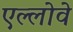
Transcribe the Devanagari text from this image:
एल्लोवे